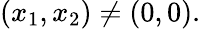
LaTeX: (x_{1},x_{2})\neq(0,0).